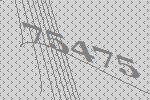
75475